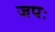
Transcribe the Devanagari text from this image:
जपः